Indian journal of veterinary science and animal husbandry - Volume 9,
Year: 1939
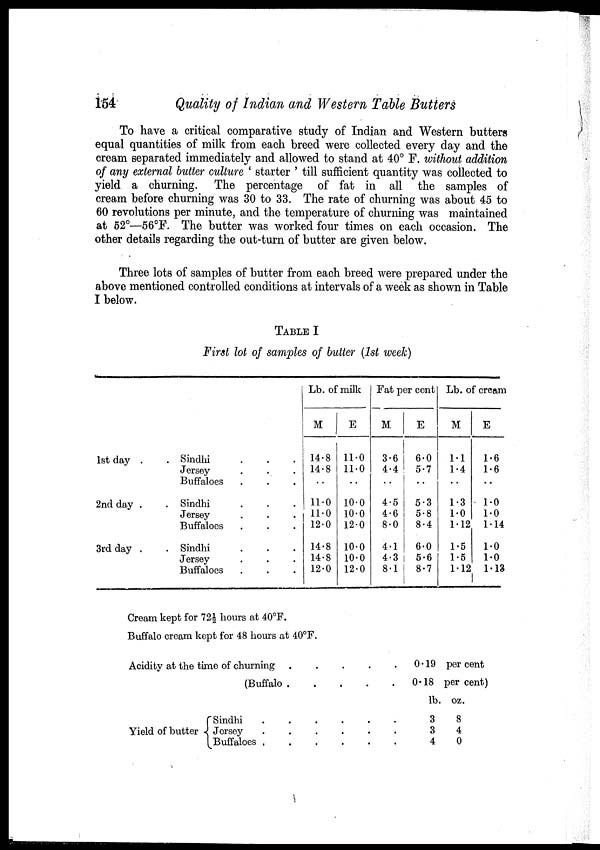
154
Quality of Indian and Western Table Butters
To have a critical comparative study of Indian and Western butters
equal quantities of milk from each breed were collected every day and the
cream separated immediately and allowed to stand at 40° F. without addition
of any external butter culture ' starter ' till sufficient quantity was collected to
yield a churning. The percentage of fat in all the samples of
cream before churning was 30 to 33. The rate of churning was about 45 to
60 revolutions per minute, and the temperature of churning was maintained
at 52°—56°F. The butter was worked four times on each occasion. The
other details regarding the out-turn of butter are given below.
Three lots of samples of butter from each breed were prepared under the
above mentioned controlled conditions at intervals of a week as shown in Table
I below.
TABLE I
First lot of samples of butter (1st week)
1st day
.
.
2nd day . .
3rd day
.
.
Sindhi
.
.
Jersey
.
.
.
Buffaloes
.
.
.
Sindhi
.
.
.
Jersey . . .
Buffaloes . . .
Sindhi . . .
Jersey . . .
Buffaloes . . .
Lb. of milk
M
14.8
14.8
..
11.0
11.0
12.0
14.8
14.8
12.0
E
11.0
11.0
..
10.0
10.0
12.0
10.0
10.0
12.0
Fat per cent
M
3.6
4.4
..
4.5
4.6
8.0
4.1
4.3
8.1
E
6.0
5.7
..
5.3
5.8
8.4
6.0
5.6
8.7
Lb. of cream
M
1.1
1.4
..
1.3
1.0
1.12
1.5
1.5
1.12
E
1.6
1.6
..
1.0
1.0
1.14
1.0
1.0
1.13
Cream kept for 72½ hours at 40°F.
Buffalo cream kept for 48 hours at 40°F.
Acidity at the time of churning
(Buffalo
0.19 per cent
0.18 per cent)
Yield of butter{
Sindhi
......
Jersey
......
Buffaloes
lb.
3
3
4
oz.
8
4
0